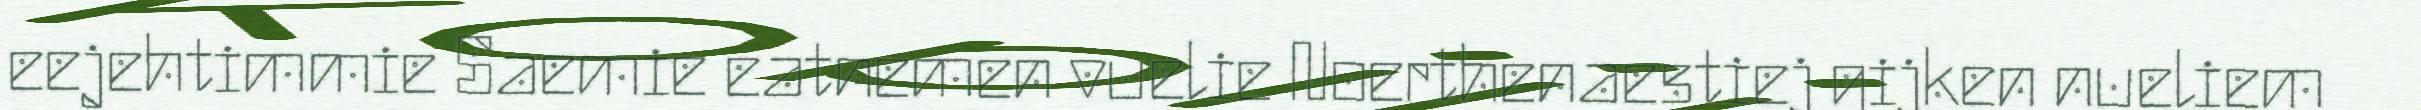
eejehtimmie Saemie eatnemen vuelie Noerthenaestiej gijken nueliem